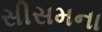
સીસમના